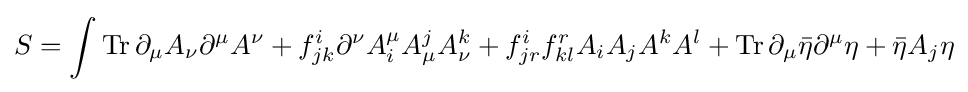
S=\int \operatorname {Tr} \partial _{\mu }A_{\nu }\partial ^{\mu }A^{\nu }+f_{jk}^{i}\partial ^{\nu }A_{i}^{\mu }A_{\mu }^{j}A_{\nu }^{k}+f_{jr}^{i}f_{kl}^{r}A_{i}A_{j}A^{k}A^{l}+\operatorname {Tr} \partial _{\mu }{\bar {\eta }}\partial ^{\mu }\eta +{\bar {\eta }}A_{j}\eta